Problem: 2 × 9 = ?
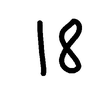
Handwritten answer: 18